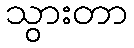
သွားတာ